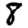
Digit: 8